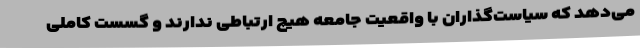
می‌دهد که سیاست‌گذاران با واقعیت جامعه هیچ ارتباطی ندارند و گسست کاملی